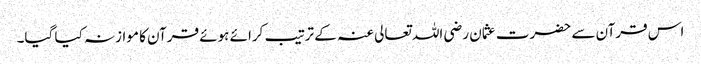
اس قرآن سے حضرت عثمان رضی اللہ تعالی عنہ کے ترتیب کرائے ہوئے قرآن کا موازنہ کیا گیا۔